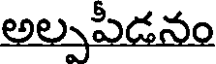
అల్పపీడనం